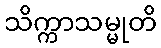
သိက္ကာသမ္မုတိ